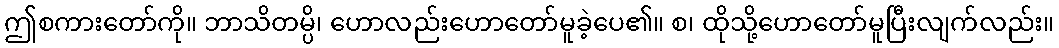
ဤစကားတော်ကို။ ဘာသိတမ္ပိ၊ ဟောလည်းဟောတော်မူခဲ့ပေ၏။ စ၊ ထိုသို့ဟောတော်မူပြီးလျက်လည်း။